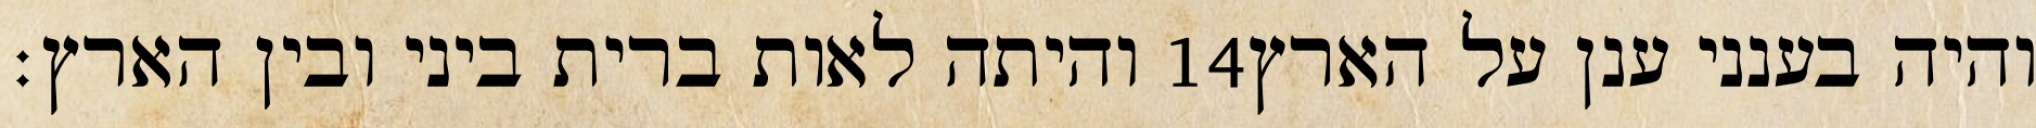
והיתה לאות ברית ביני ובין הארץ׃ ‎14‏ והיה בענני ענן על הארץ